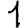
Digit: 1